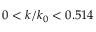
0 < k / k _ { 0 } < 0 . 5 1 4